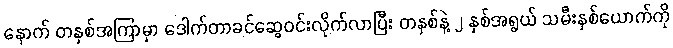
နောက် တနှစ်အကြာမှာ ဒေါက်တာခင်ဆွေဝင်းလိုက်လာပြီး တနှစ်နဲ့ ၂ နှစ်အရွယ် သမီးနှစ်ယောက်ကို